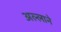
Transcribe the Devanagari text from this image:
अल्लाने